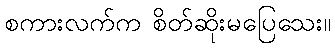
စကားလက်က စိတ်ဆိုးမပြေသေး။